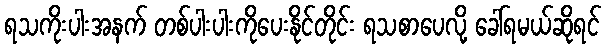
ရသကိုးပါးအနက် တစ်ပါးပါးကိုပေးနိုင်တိုင်း ရသစာပေလို့ ခေါ်ရမယ်ဆိုရင်